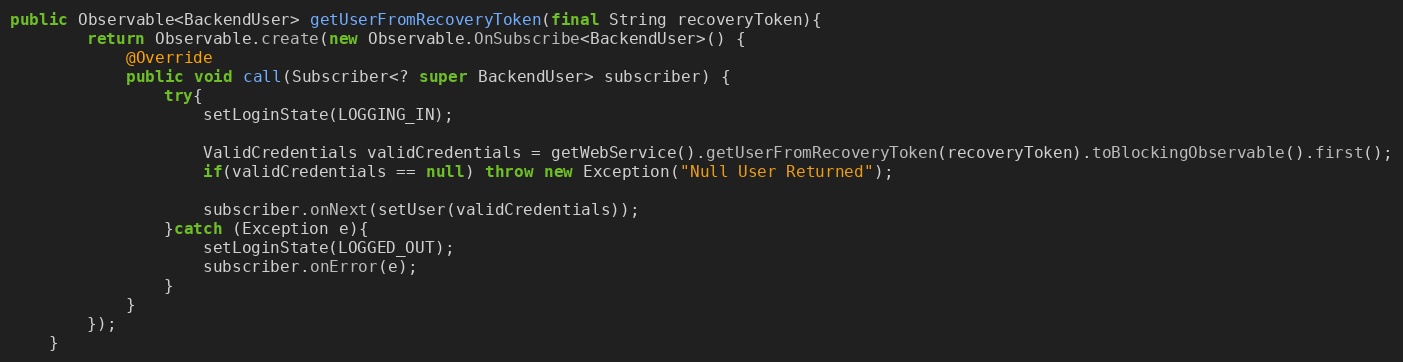
Language: Java
public Observable<BackendUser> getUserFromRecoveryToken(final String recoveryToken){
        return Observable.create(new Observable.OnSubscribe<BackendUser>() {
            @Override
            public void call(Subscriber<? super BackendUser> subscriber) {
                try{
                    setLoginState(LOGGING_IN);

                    ValidCredentials validCredentials = getWebService().getUserFromRecoveryToken(recoveryToken).toBlockingObservable().first();
                    if(validCredentials == null) throw new Exception("Null User Returned");

                    subscriber.onNext(setUser(validCredentials));
                }catch (Exception e){
                    setLoginState(LOGGED_OUT);
                    subscriber.onError(e);
                }
            }
        });
    }